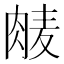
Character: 𮌕